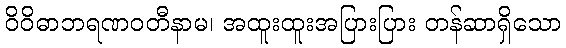
ဝိဝိဓာဘရဏဝတီနာမ၊ အထူးထူးအပြားပြား တန်ဆာရှိသော